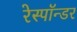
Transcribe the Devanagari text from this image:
रेस्पॉन्डर